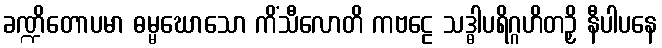
ခဏ္ဍိတောပမာ ဓမ္မဃောသော ကိံသီလောတိ ကဗဠေ သဒ္ဓါပရိဂ္ဂဟိတဉှိ နီပါပနေ